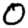
Digit: 0